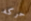
حركه